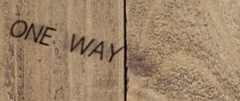
ONE WAY